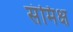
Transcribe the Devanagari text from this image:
संमिक्ष